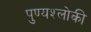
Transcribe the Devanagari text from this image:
पुण्‍यश्‍लोकी